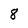
Character: 8